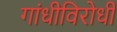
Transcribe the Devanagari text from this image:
गांधीविरोधी